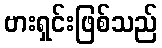
ဗားရှင်းဖြစ်သည်